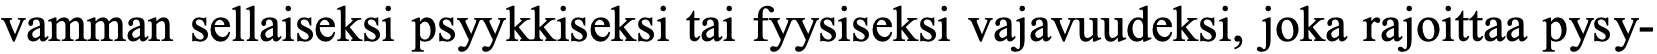
vamman sellaiseksi psyykkiseksi tai fyysiseksi vajavuudeksi, joka rajoittaa pysy-